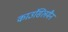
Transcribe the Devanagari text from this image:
काउंसिलमैन